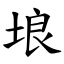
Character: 埌